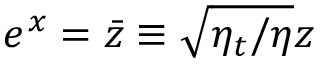
e ^ { x } = \Bar { z } \equiv \sqrt { \eta _ { t } / \eta } z